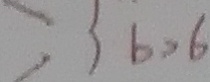
= 3 b > 6